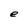
Character: e